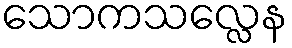
သောကသလ္လေန